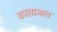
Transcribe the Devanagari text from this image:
कालामाल